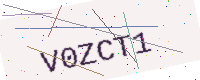
Text: V0ZCT1